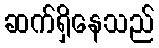
ဆက်ရှိနေသည်